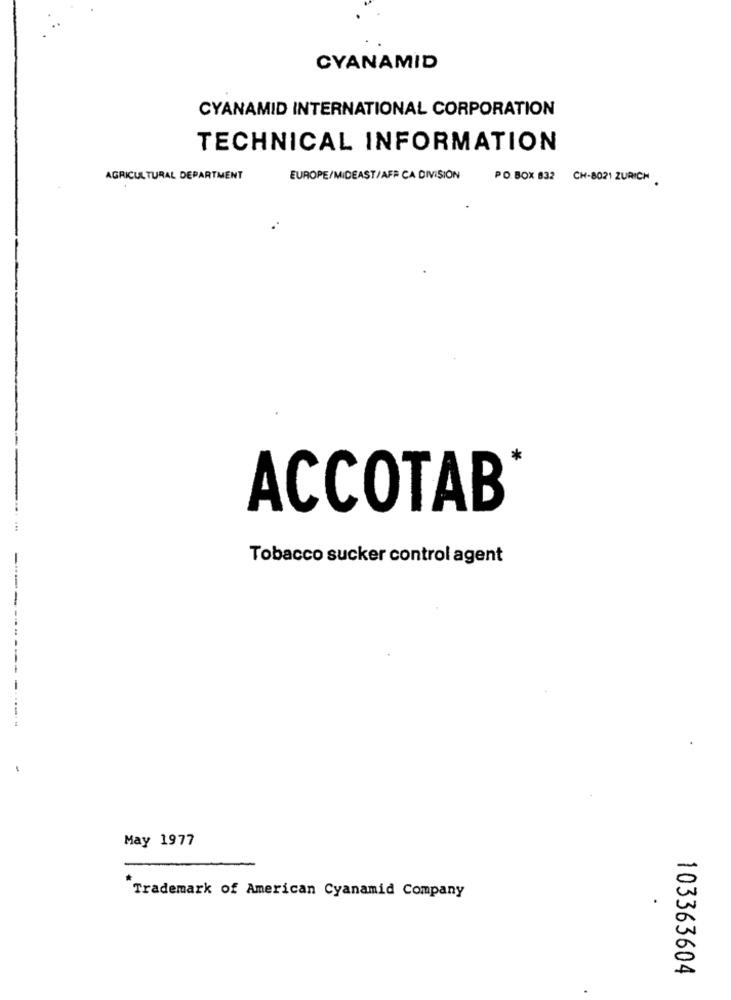
CYANAMID
CYANAMID INTERNATIONAL CORPORATION
TECHNICAL INFORMATION
AGRICULTURAL DEPARTMENT
EUROPE/MIDEAST/AFP CA DIVISION
PO. BOX 832 CH-8021 ZURICH
ACCOTAB
Tobacco sucker control agent
May 1977
Trademark of American Cyanamid Company
103363604